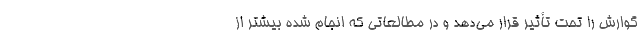
گوارش را تحت تأثیر قرار می‌دهد و در مطالعاتی که انجام شده بیشتر از